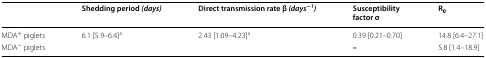
<table><thead><tr><td></td><td><b>Shedding period <i>(days)</i></b></td><td><b>Direct transmission rate β <i>(days</i><sup>−<i>1</i></sup><i>)</i></b></td><td><b>Susceptibilityfactor σ</b></td><td><b>R<sub>0</sub></b></td></tr></thead><tbody><tr><td>MDA<sup>+</sup> piglets</td><td rowspan="2">6.1 [5.9–6.4]<sup>a</sup></td><td rowspan="2">2.43 [1.09–4.23]<sup>a</sup></td><td>0.39 [0.21–0.70]</td><td>14.8 [6.4–27.1]</td></tr><tr><td>MDA<sup>−</sup> piglets</td><td><b>–</b></td><td>5.8 [1.4–18.9]</td></tr></tbody></table>